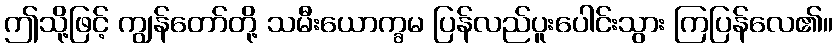
ဤသို့ဖြင့် ကျွန်တော်တို့ သမီးယောက္ခမ ပြန်လည်ပူးပေါင်းသွား ကြပြန်လေ၏။